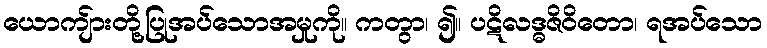
ယောကျ်ားတို့ပြုအပ်သောအမှုကို။ ကတွာ၊ ၍။ ပဋိလဒ္ဓဇိဝိတော၊ ရအပ်သော